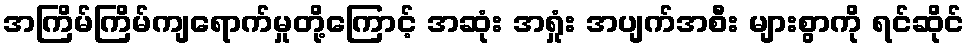
အကြိမ်ကြိမ်ကျရောက်မှုတို့ကြောင့် အဆုံး အရှုံး အပျက်အစီး များစွာကို ရင်ဆိုင်